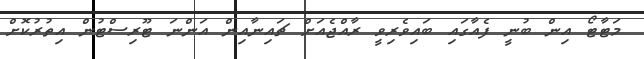
މަޓާޓޯ އިން ބުނީ ފެއާގައި ބައިވެރިވީ ރާއްޖެއަށް ޗައިނާއިން އަންނަ ޓޫރިސްޓުން އިތުރުކޮށް